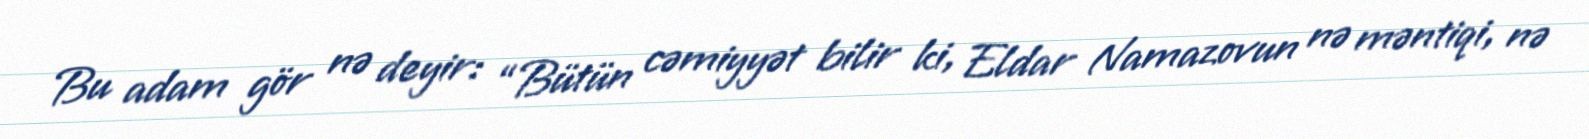
Bu adam gör nə deyir: “Bütün cəmiyyət bilir ki, Eldar Namazovun nə məntiqi, nə